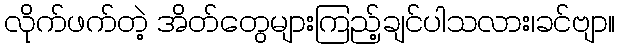
လိုက်ဖက်တဲ့ အိတ်တွေများကြည့်ချင်ပါသလား၊ခင်ဗျာ။